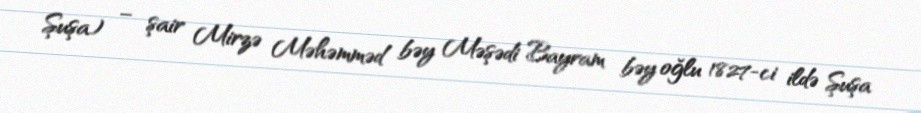
Şuşa) – şair Mirzə Məhəmməd bəy Məşədi Bayram bəy oğlu 1827-ci ildə Şuşa